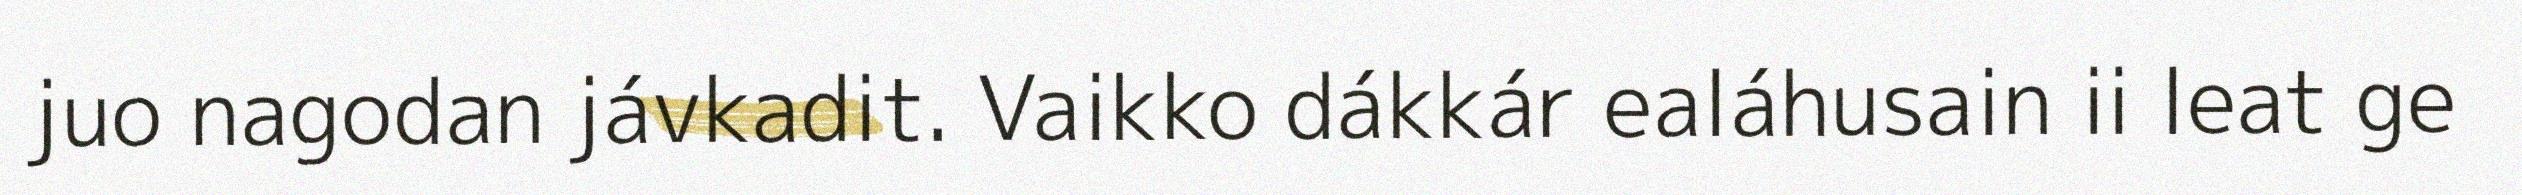
juo nagodan jávkadit. Vaikko dákkár ealáhusain ii leat ge